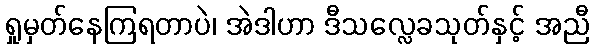
ရှုမှတ်နေကြရတာပဲ၊ အဲဒါဟာ ဒီသလ္လေခသုတ်နှင့် အညီ